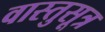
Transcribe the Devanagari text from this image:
वास्तुसूत्र